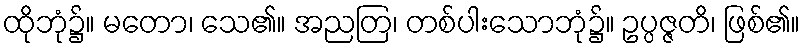
ထိုဘုံ၌။ မတော၊ သေ၏။ အညတြ၊ တစ်ပါးသောဘုံ၌။ ဥပ္ပဇ္ဇတိ၊ ဖြစ်၏။